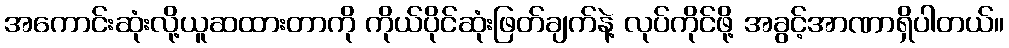
အကောင်းဆုံးလို့ယူဆထားတာကို ကိုယ်ပိုင်ဆုံးဖြတ်ချက်နဲ့ လုပ်ကိုင်ဖို့ အခွင့်အာဏာရှိပါတယ်။